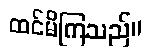
ထင်မိကြသည်။